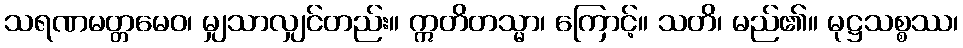
သရဏမတ္တမေဝ၊ မျှသာလျှင်တည်း။ ဣတိတသ္မာ၊ ကြောင့်။ သတိ၊ မည်၏။ မုဋ္ဌသစ္စဿ၊